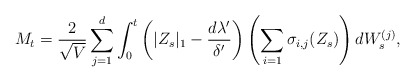
\begin{align*} M_t = \frac{2}{\sqrt{V}}\sum_{j = 1}^d \int_0^t \left(|Z_s|_1 - \frac{d\lambda'}{\delta'}\right)\left(\sum_{i = 1} \sigma_{i,j}(Z_s) \right)dW^{(j)}_s, \end{align*}